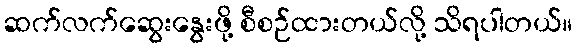
ဆက်လက်ဆွေးနွေးဖို့ စီစဉ်ထားတယ်လို့ သိရပါတယ်။